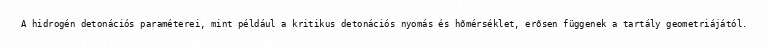
A hidrogén detonációs paraméterei, mint például a kritikus detonációs nyomás és hőmérséklet, erősen függenek a tartály geometriájától.